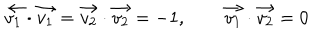
\vec { v _ { 1 } } \cdot \vec { v _ { 1 } } = \vec { v _ { 2 } } \cdot \vec { v _ { 2 } } = - 1 , \qquad \vec { v _ { 1 } } \cdot \vec { v _ { 2 } } = 0